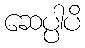
ဆေပ္ပါပိ